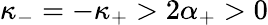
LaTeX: \kappa_{-}=-\kappa_{+}>2\alpha_{+}>0